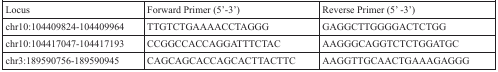
<table><thead><tr><td><b>Locus</b></td><td><b>Forward Primer (5′-3′)</b></td><td><b>Reverse Primer (5′ -3′)</b></td></tr></thead><tbody><tr><td>chr10:104409824-104409964</td><td>TTGTCTGAAAACCTAGGG</td><td>GAGGCTTGGGGACTCTGG</td></tr><tr><td>chr10:104417047-104417193</td><td>CCGGCCACCAGGATTTCTAC</td><td>AAGGGCAGGTCTCTGGATGC</td></tr><tr><td>chr3:189590756-189590945</td><td>CAGCAGCACCAGCACTTACTTC</td><td>AAGGTTGCAACTGAAAGAGGG</td></tr></tbody></table>